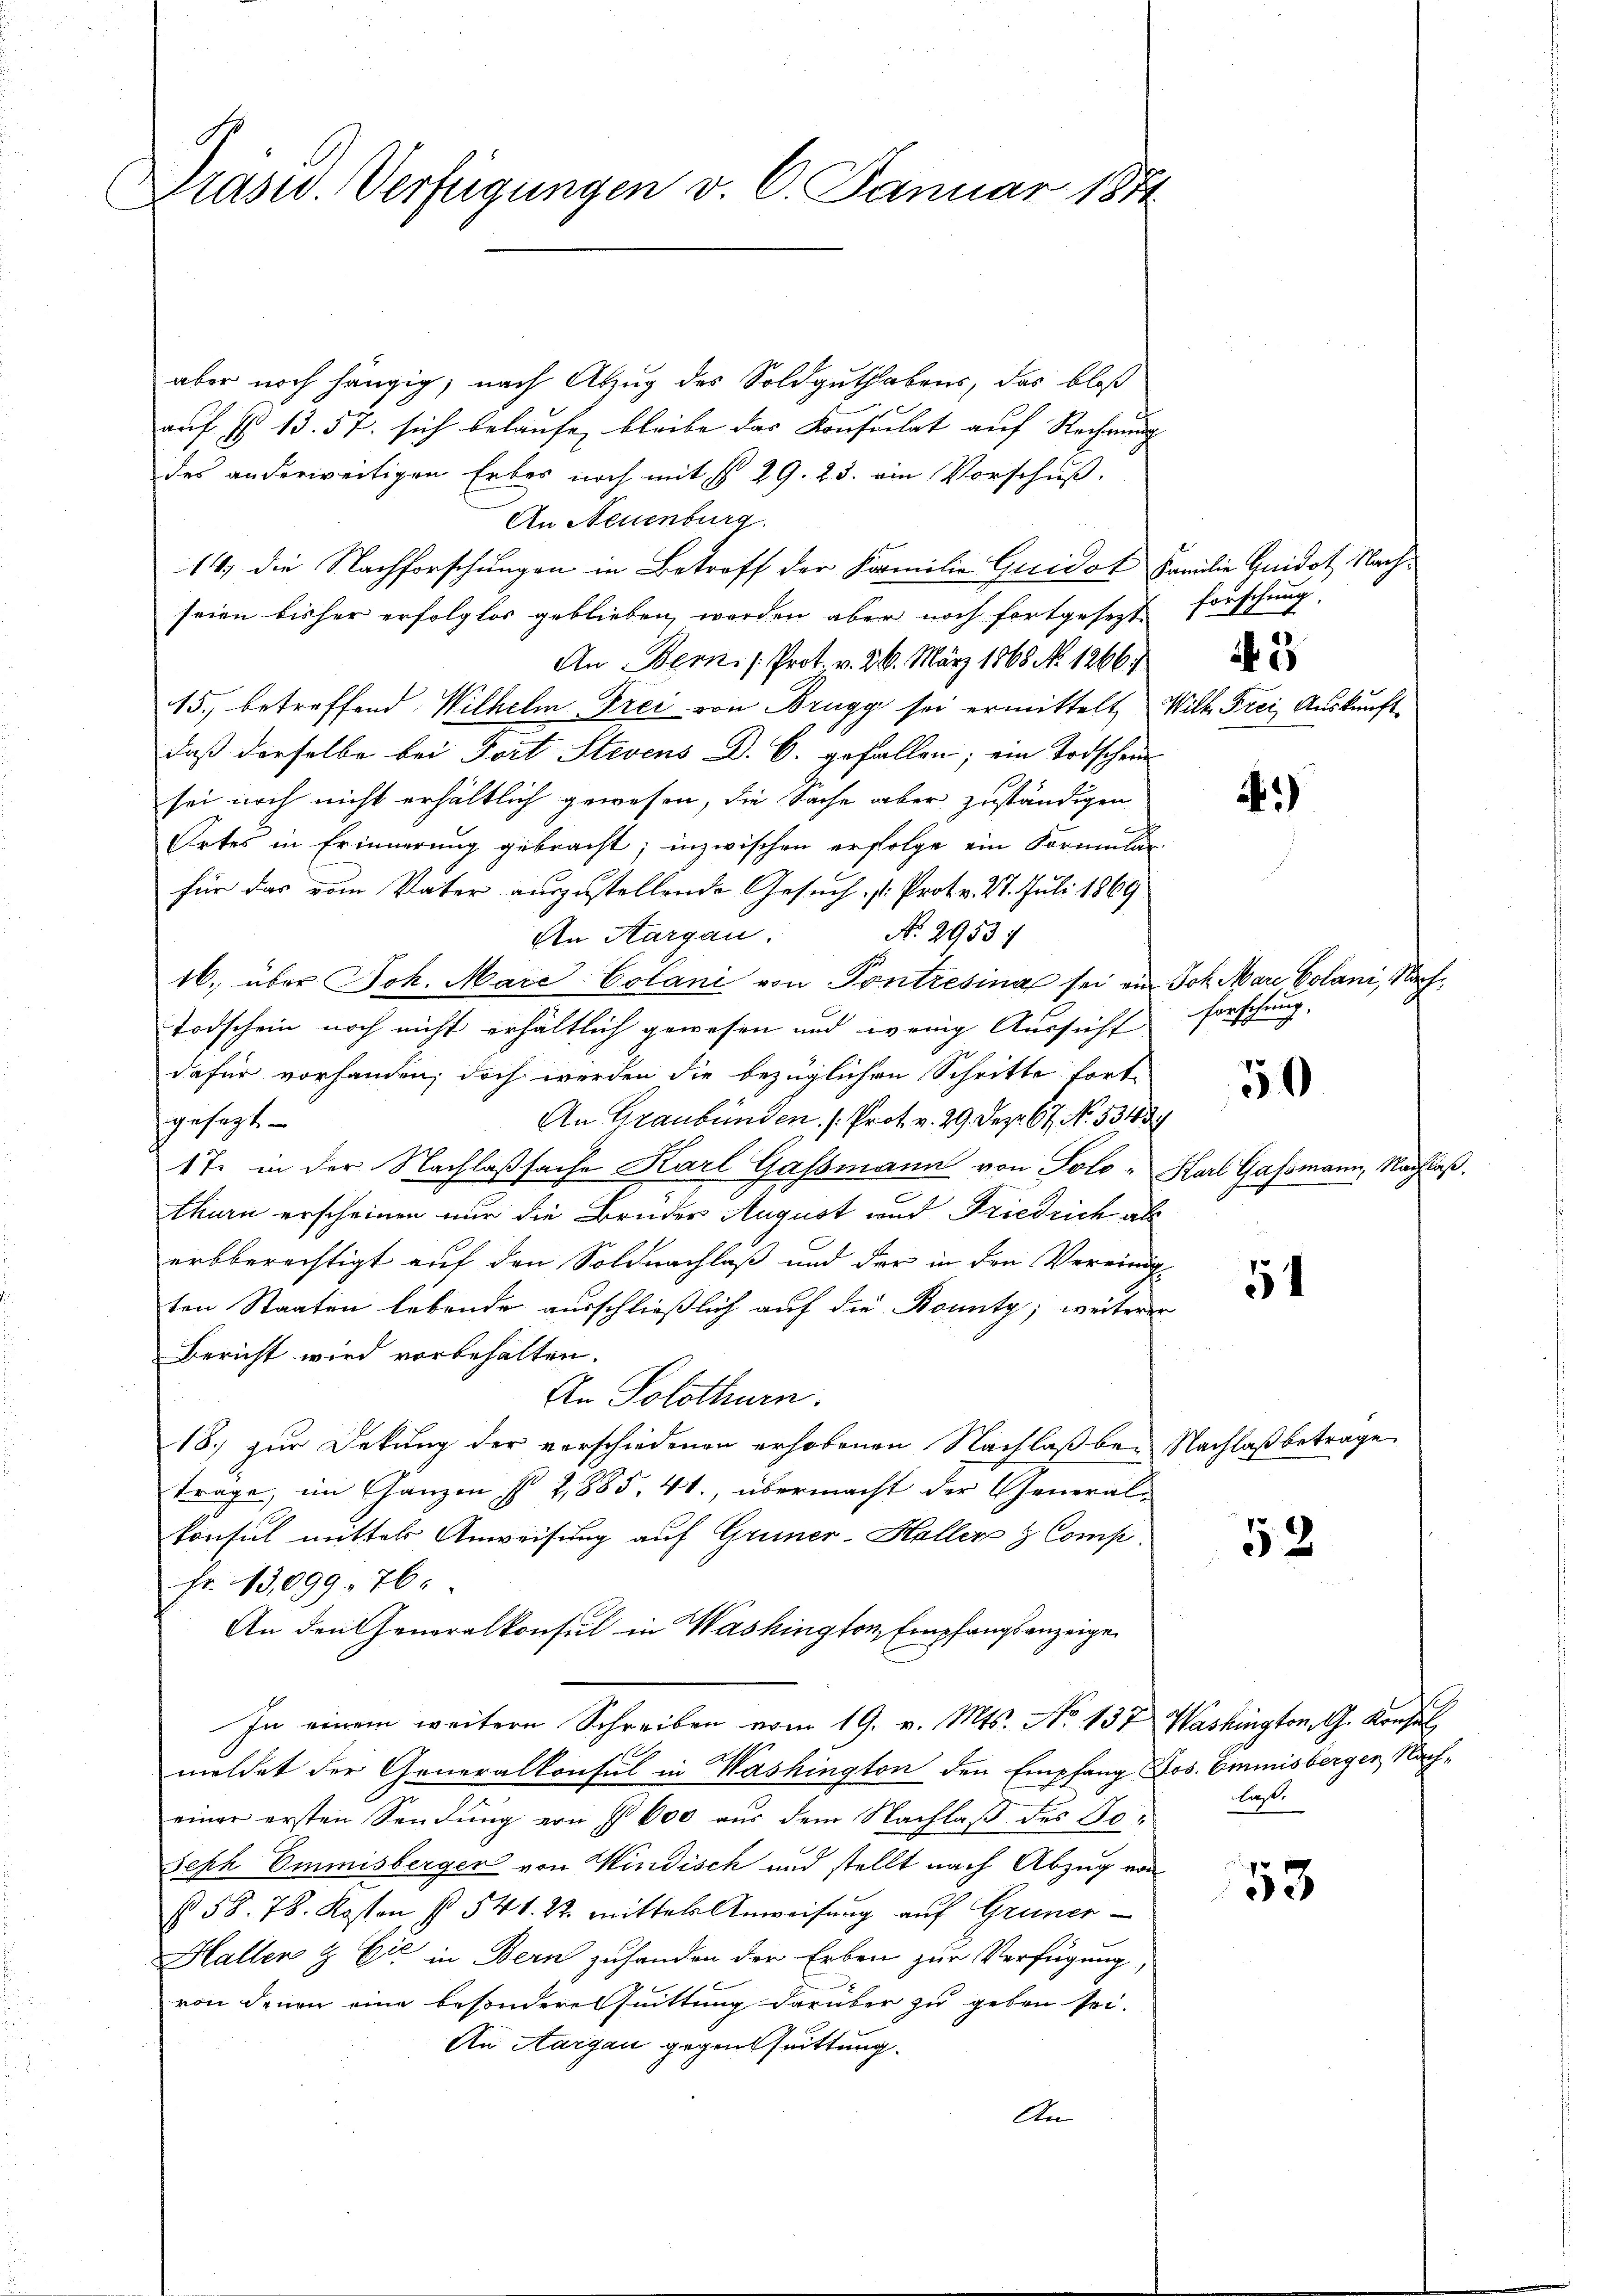
Prasid. Verfügungen v. 6. Januar 1871

aber noch hängig, nach Abzug des Soldguthabens, das bloß
auf § 13. 57. sich belaufe, bleibe das Konsulat auf Rechnung
des anderweitigen Erbes noch mit § 29. 23. ein Vorschuß.
An Neuenburg
14. die Nachforschungen in Betroff der Familie Guidat Familie Quidat Nachseien bisher erfolgter geblieben werden aber noch fortgesezt
An Bern. Prot v. 26. März 1868 No. 1266)
15. betreffend Wilhelm Frei von Brugg sei ermittelt, Will Frei Auskunftdaß derselbe bei Dort Stevens D. B. gefallen; ein Todschen
sei noch nicht erhältlich gewesen, die Sache aber zuständigen
Ortes in Erinnerung gebracht; inzwischen erfolge ein Formular-
für das vom Vater auszustellende Gesuch Prot. v. 27. Juli 1869.
No. 2953:
In Aargau.
16. über Joh. Mare Colani von Pontresina sei ein Joh. Mare Colani, Nach¬
Todschein noch nicht erhältlich gewesen und wenig Aussicht
dafür vorhanden; doch werden die bezüglichen Schritte fort-
An Graubünden (Prot. v. 29. Dez. 67. No. 5343
gesezt
17. in der Nachlaßsache Karl Gassmann von Solo- Karl Gassmann, Nachlaß
e
thurn erscheinen nur die Bruder August und Friedrich al
erbberechtigt auf den Soldnachlaß und der in den Vereinig-
ten Staaten lebende ausschließlich auf die Kounty; weiterer
Bericht wird vorbehalten.
An Solothurn.
18.) zur Dekung der verschiedenen erhobenen Nachlaß bei Nachlaß betrage
träge, im Ganzen s 2,885. 41., übermacht der General-
konsul mittels Anweisung auf Gruner-Haller & Comp.
fr. 13,099. 76.
An den Generalkonsul in Washington, Empfangsanzeigen
In einem weitere Schreiben vom 19. v. Mts. No 137) Washington G. Konsul
meldet der Generalkonsul in Washington den Empfang Jos. Emmnisberger, Nacheiner ersten Sendung von § 600 aus dem Nachlaß des Jo¬
Seph Emmisberger von Windisch und stellt nach Abzug von
§ 58. 78. Kosten § 541. 22. mittels Anweisung auf Gruner¬
Haller & Cie in Bern zufanden der Erben zur Verfügung,
von denen eine besondere Quittung darüber zu geben sei.
An Aargau gegentuittung.
An

Forschung.
 3

)

forschung.

50

51

52

last.

53